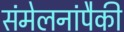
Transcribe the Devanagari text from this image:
संमेलनांपैकी